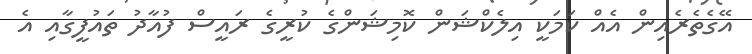
އޭގެތެރެއިން އެއް ކަމަކީ އިލެކްޝަން ކޮމިޝަންގެ ކުރީގެ ރައީސް ފުއާދު ތައުފީގާއި އެ